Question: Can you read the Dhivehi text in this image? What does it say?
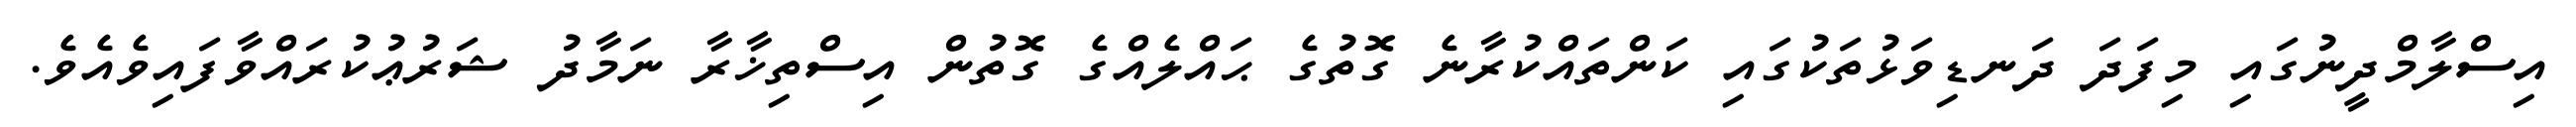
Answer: އިސްލާމްދީނުގައި މިފަދަ ދަނޑިވަޅުތަކުގައި ކަންތައްކުރާނެ ގޮތުގެ ޙައްލެއްގެ ގޮތުން އިސްތިޚާރާ ނަމާދު ޝަރުޢުކުރައްވާފައިވެއެވެ.